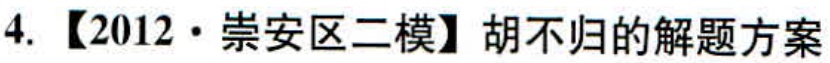
4. 【2012·崇安区二模】胡不归的解题方案